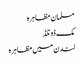
مسلمان مظاہرہ
مک ڈونلڈ
لندن میں مظاہرہ